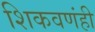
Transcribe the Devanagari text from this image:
शिकवणंही